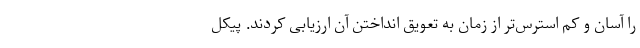
را آسان و کم استرس‌تر از زمان به تعویق انداختن آن ارزیابی کردند. پیکل